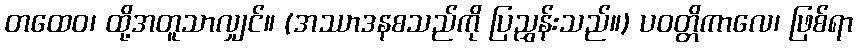
တထေဝ၊ ထို့အတူသာလျှင်။ (အဿာဒနစသည်ကို ပြညွှန်းသည်။) ပဝတ္တိကာလေ၊ ဖြစ်ရာ